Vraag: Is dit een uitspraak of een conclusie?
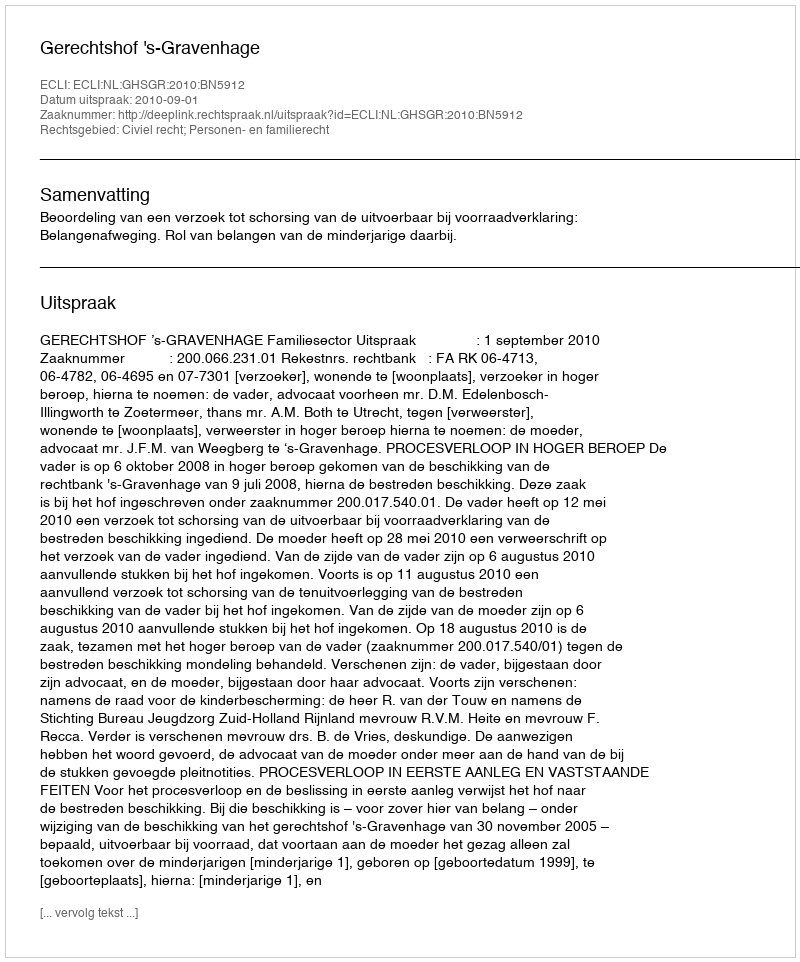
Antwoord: Uitspraak